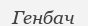
Генбач